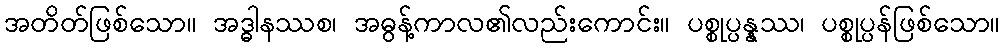
အတိတ်ဖြစ်သော။ အဒ္ဓါနဿစ၊ အဓွန့်ကာလ၏လည်းကောင်း။ ပစ္စုပ္ပန္နဿ၊ ပစ္စုပ္ပန်ဖြစ်သော။